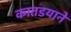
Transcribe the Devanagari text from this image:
कातडयानें